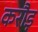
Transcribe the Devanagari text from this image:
करौड़